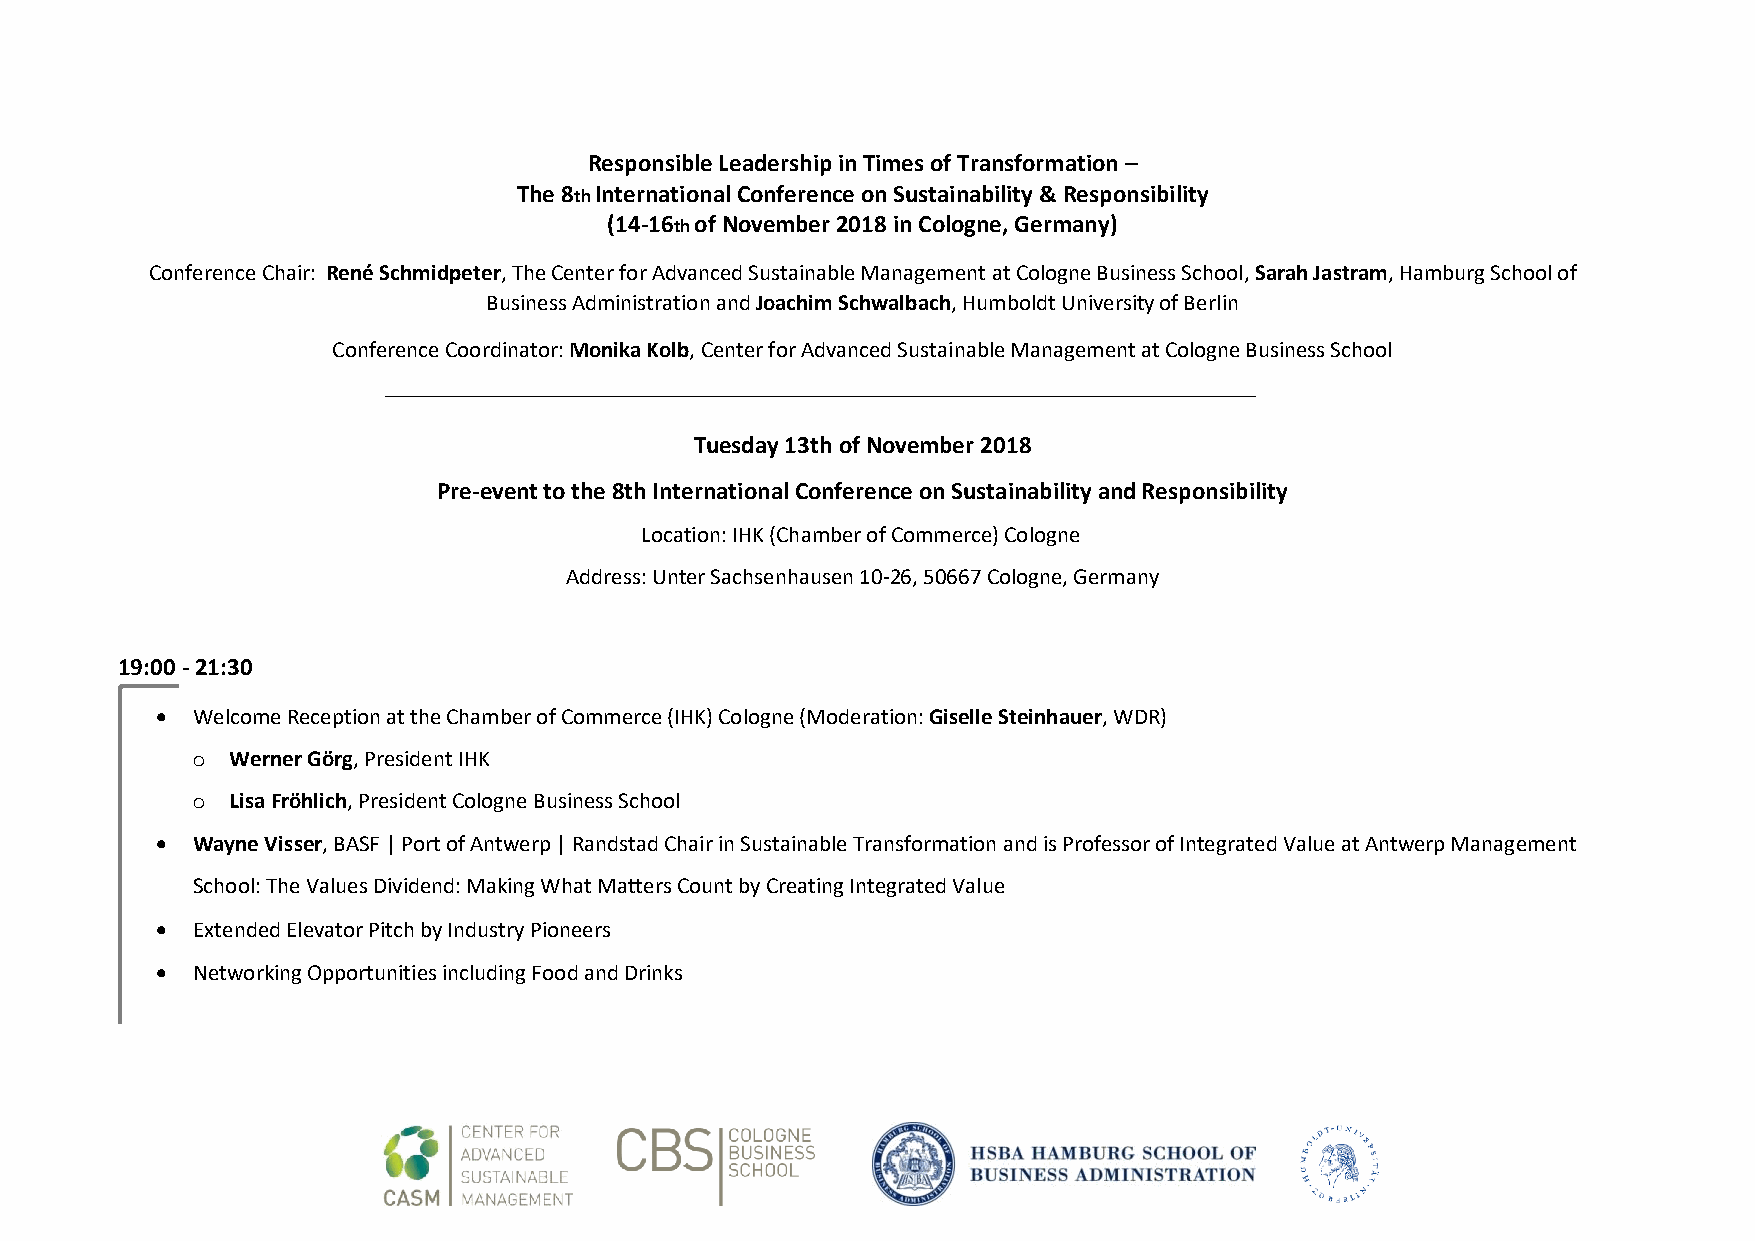
Responsible Leadership in Times of Transformation –
 The 8th International Conference on Sustainability & Responsibility
 (14-16th of November 2018 in Cologne, Germany)
 Conference Chair: René Schmidpeter, The Center for Advanced Sustainable Management at Cologne Business School, Sarah Jastram, Hamburg School of
 Business Administration and Joachim Schwalbach, Humboldt University of Berlin
 Conference Coordinator: Monika Kolb, Center for Advanced Sustainable Management at Cologne Business School
 Tuesday 13th of November 2018
 Pre-event to the 8th International Conference on Sustainability and Responsibility
 Location: IHK (Chamber of Commerce) Cologne
 Address: Unter Sachsenhausen 10-26, 50667 Cologne, Germany
 19:00 - 21:30
   Welcome Reception at the Chamber of Commerce (IHK) Cologne (Moderation: Giselle Steinhauer, WDR)
 o Werner Görg, President IHK
 o Lisa Fröhlich, President Cologne Business School
   Wayne Visser, BASF | Port of Antwerp | Randstad Chair in Sustainable Transformation and is Professor of Integrated Value at Antwerp Management
 School: The Values Dividend: Making What Matters Count by Creating Integrated Value
   Extended Elevator Pitch by Industry Pioneers
   Networking Opportunities including Food and Drinks